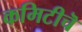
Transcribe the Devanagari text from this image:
कमिटीचॆ